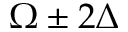
\Omega \pm 2 \Delta